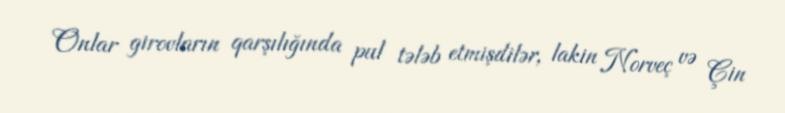
Onlar girovların qarşılığında pul tələb etmişdilər, lakin Norveç və Çin